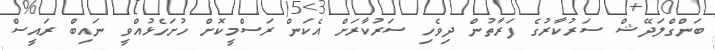
ބަންގްލަދޭޝް ސަރުކާރުގެ ފަރާތުން ދިވެހި ސަރުކާރަށް އެކަން ރަސްމީކޮށް ހުށަހެޅުއްވީ ނައިބް ރައީސް